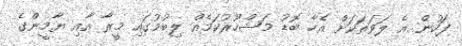
ފަހުން އެ ލަވަތަކަށް އެހާ ބޮޑު މަޝްހޫރުކަމެއް ލިބުމުގައި މީރާ އާއި ޔާމީންގެ